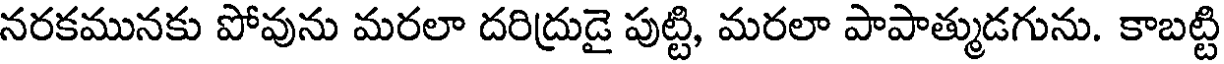
నరకమునకు పోవును మరలా దరిద్రుడై పుట్టి, మరలా పాపాత్ముడగును. కాబట్టి